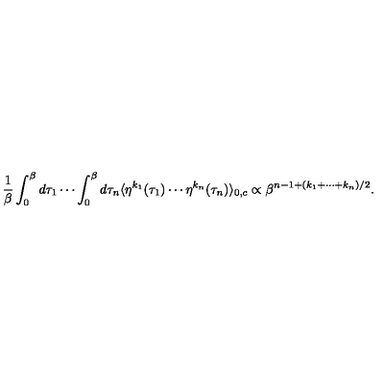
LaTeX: \frac { 1 } { \beta } \int _ { 0 } ^ { \beta } d \tau _ { 1 } \cdots \int _ { 0 } ^ { \beta } d \tau _ { n } \langle \eta ^ { k _ { 1 } } ( \tau _ { 1 } ) \cdots \eta ^ { k _ { n } } ( \tau _ { n } ) \rangle _ { 0 , c } \propto \beta ^ { n - 1 + ( k _ { 1 } + \cdots + k _ { n } ) / 2 } .